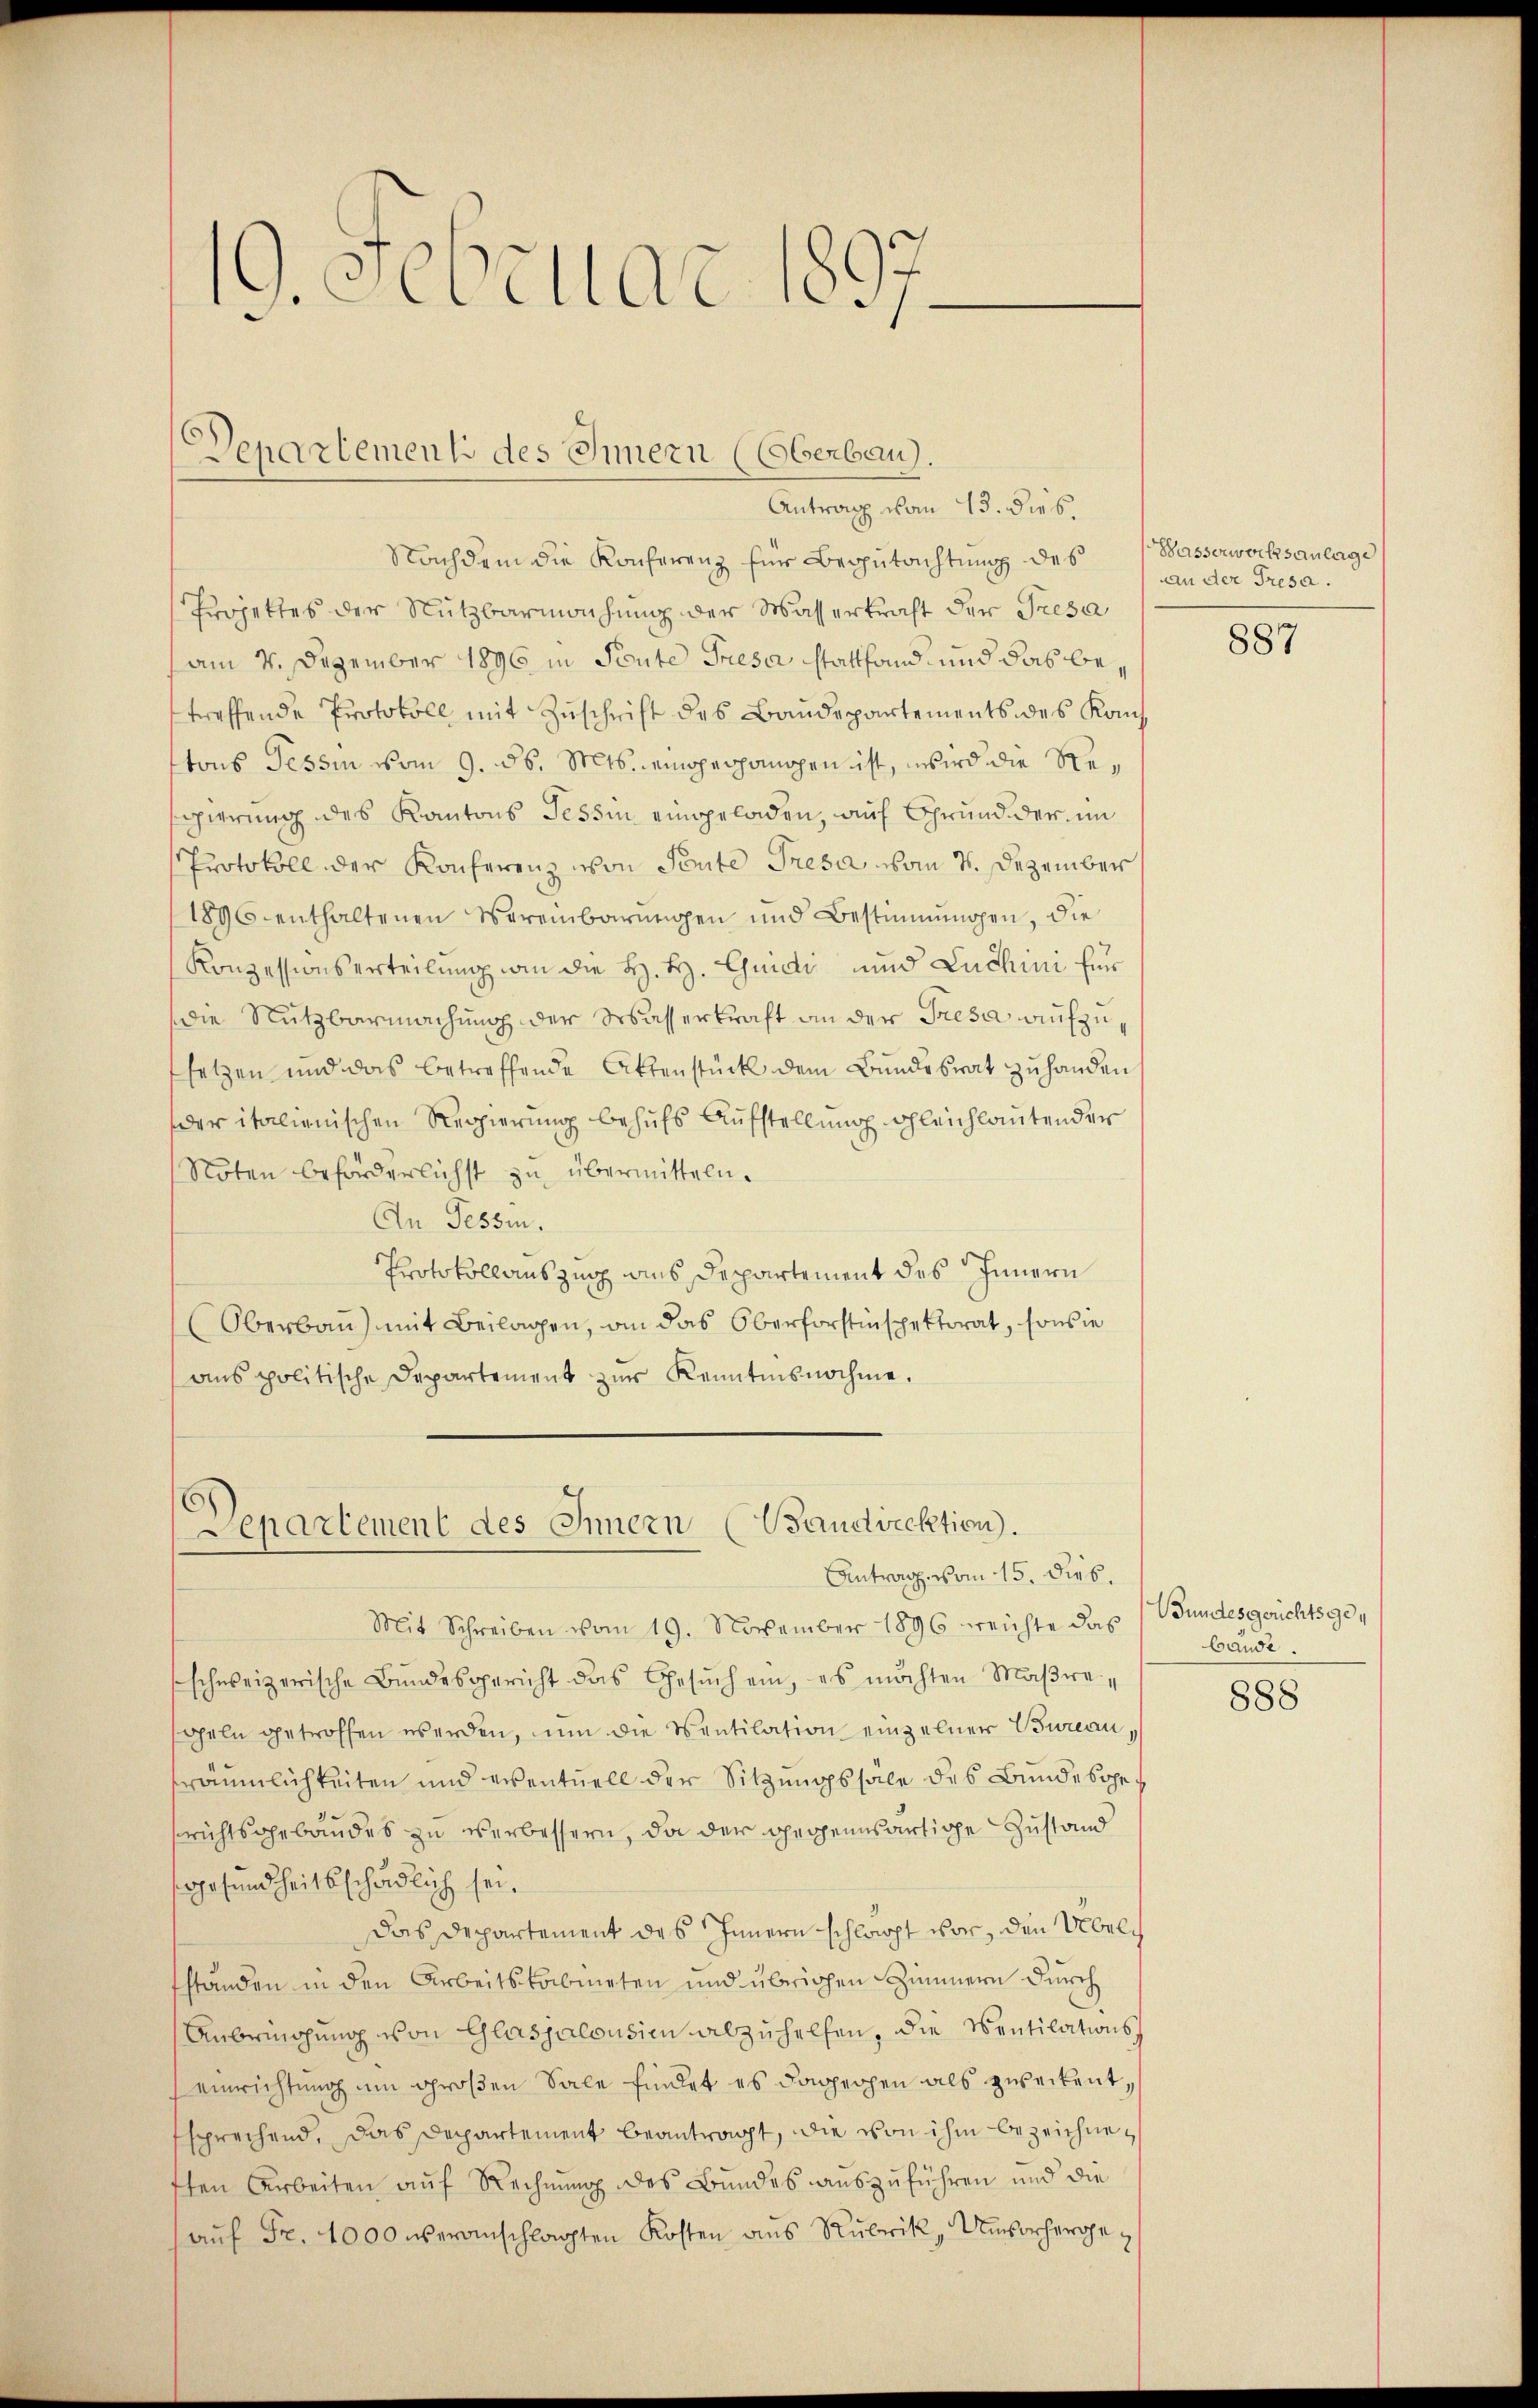
19. Sevillat u.

Departement des Innern (Oberbau).
Antrag vom 13. dies.

Nachdem die Konferenz für Begutachtung des
Projektes der Nutzbarmachung der Wasserkraft der Presa
(am 4. Dezember 1896 in Pente Greser stattfand und das betreffende Protokoll mit Zuschrift des Baudepartements des Kauf
ttons Tessin vom 9. ds. Mts. eingerhangen ist, wird die Regierung des Kantons Tessin eingeladen, auf Grund der im
Protokoll der Konferenz von Sente Tresa vom 7. Dezember
1896 enthaltenen Vereinbarungen und Bestimmungen, die
Konzessionserteilung wie die H. H. Guidi und Luchini Eindie Nutzbarmachung der Wasserkraft an der Tresa, aufzufsetzen und das betreffende Aktenstück dem Bundesrat zu handen
der italienischen Regierung behufs Aufstellung gleichlautender
Noten beforderlichst zu übermitteln.
An Tessin.
Protokollauszug aus Departement des Innern
Oberbau) mit Beilagen, an das Oberforstinspektorat, sowie
ans politische Departement zur Kenntnis nochme.

Denartement des Innern (Baudirektion.
Antrag vom 15. Dieb.

Mit Schreiben vom 19. November 1896 reichte das
schweizerische Bundesgericht das Gesŭch ein, es möchten Maßregeln getroffen werden, um die Sentilation einzelner Bureau,
sräumlichkeiten und eventuell der Sitzungssale des Bundesgesrichtsgebäudes zu verbessern, da der gegensartige Zustand
sgesundheitsschädlich sei.
das Departement des Innern schlacht vor, den Übelfständen in den Arbeitskabineten und übrigen Zimmern durch
Anbeichung von Glasjalousie abzuhelfen, die Sentilationseinrichtung um großen Sale findet es dahechen als zweckent,
ssprechend, das Departement beantragt, die von ihm bezeichneften Arbeiten auf Rechnung des Bundes auszuführen und die
aŭf Fr. 4000 veranschlagten Kosten aus Rubrik, Unvorherge¬

Gasserwerksanlage
an der Tresa.

887

Gundesgerichtsgebande.

888